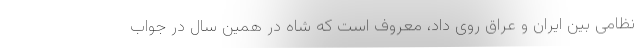
نظامی بین ایران و عراق روی داد، معروف است که شاه در همین سال در جواب